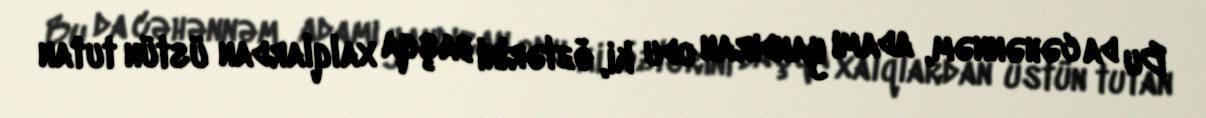
Bu da cəhənnəm, adamı yandıran odu ki, özlərini başqa xalqlardan üstün tutan